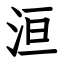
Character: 洹